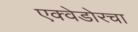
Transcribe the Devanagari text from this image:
एक्वेडोरचा